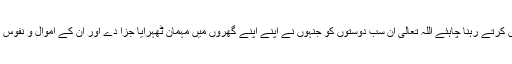
ان کے لئے خاص دعائیں کرتے رہنا چاہئے اللہ تعالیٰ ان سب دوستوں کو جنہوں نے اپنے اپنے گھروں میں مہمان ٹھہرایا جزا دے اور ان کے اموال و نفوس میں بے انتہا برکت دے۔